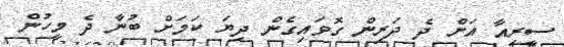
ސީރިއާ އަށް ދެ ދަރިން ގޮވައިގެން ދިޔަ ކަމަށް ބުނާ ދެ މީހުން